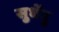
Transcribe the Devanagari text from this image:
सुधेंदु